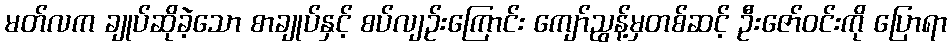
မတ်လက ချုပ်ဆိုခဲ့သော စာချုပ်နှင့် စပ်လျဉ်းကြောင်း ကျော်ညွန့်မှတစ်ဆင့် ဦးဇော်ဝင်းကို ပြောရာ